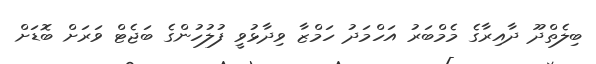
ބިލެތްދޫ ދާއިރާގެ މެމްބަރު އަހްމަދު ހަމްޒާ ވިދާޅުވީ ފުލުހުންގެ ބަޖެޓް ވަރަށް ބޮޑަށް